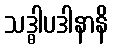
သဒ္ဓါပဒါနာနိ